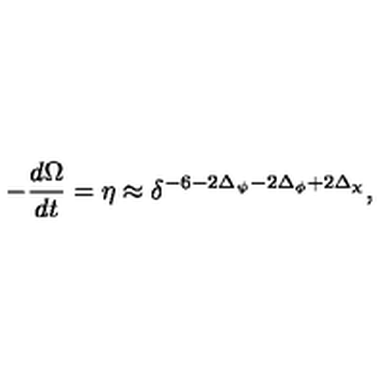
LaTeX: - \frac { d \Omega } { d t } = \eta \approx \delta ^ { - 6 - 2 \Delta _ { \psi } - 2 \Delta _ { \phi } + 2 \Delta _ { \chi } } ,